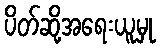
ပိတ်ဆို့အရေးယူမှု